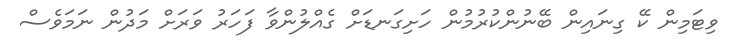
ވިޓަމިން ކޭ ގިނައިން ބޭނުންކުރުމުން ހަށިގަނޑަށް ގެއްލުންވާ ފަހަރު ވަރަށް މަދުން ނަމަވެސް